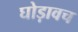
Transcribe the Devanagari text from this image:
घोड़ावच